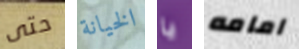
حتى الخيانة يا امامه